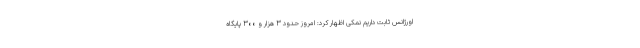
اورژانس ثابت داریم نمکی اظهار کرد: امروز حدود ۳ هزار و ۳۰۰ پایگاه